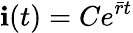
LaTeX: \mathbf{i}(t)=Ce^{\bar{r}t}